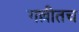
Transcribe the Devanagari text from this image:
गल्लीतच